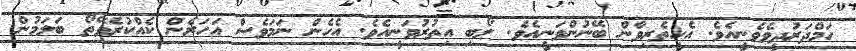
ހަމްދަރުދީވެވެނީއެވެ. އެހީތެރިވާން ބޭނުންވަނީއެވެ. ލޯބި އިތުރުވަނީއެވެ. އެހެން ނަމަވެސް އަހަރެން ކެއްކުރެވޭތޯ ބަލަމުން